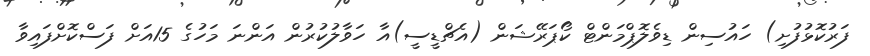
ފަރުކޮޅުފުށި) ހައުސިން ޑިވެލޮޕްމަންޓް ކޯޕަރޭޝަން (އެޗްޑީސީ)އާ ހަވާލުކުރުން އަންނަ މަހުގެ 15އަށް ފަސްކޮށްފައިވާ